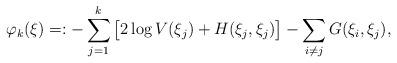
LaTeX: \begin{align*}\varphi_{k}(\xi)=:-\sum_{j=1}^{k}\big[2\log V(\xi_{j})+H(\xi_{j},\xi_{j})\big]-\sum_{i\neq j}G(\xi_{i},\xi_{j}),\end{align*}